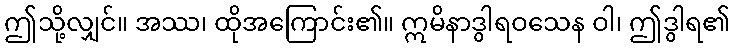
ဤသို့လျှင်။ အဿ၊ ထိုအကြောင်း၏။ ဣမိနာဒွါရဝသေန ဝါ၊ ဤဒွါရ၏